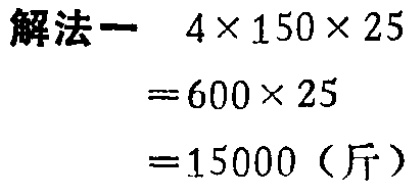
```

解法一  \(4\times150\times25\)

\(=600\times25\)

\(=15000\)（斤）

```